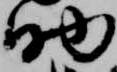
助